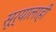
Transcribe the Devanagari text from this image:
सूर्यालाही